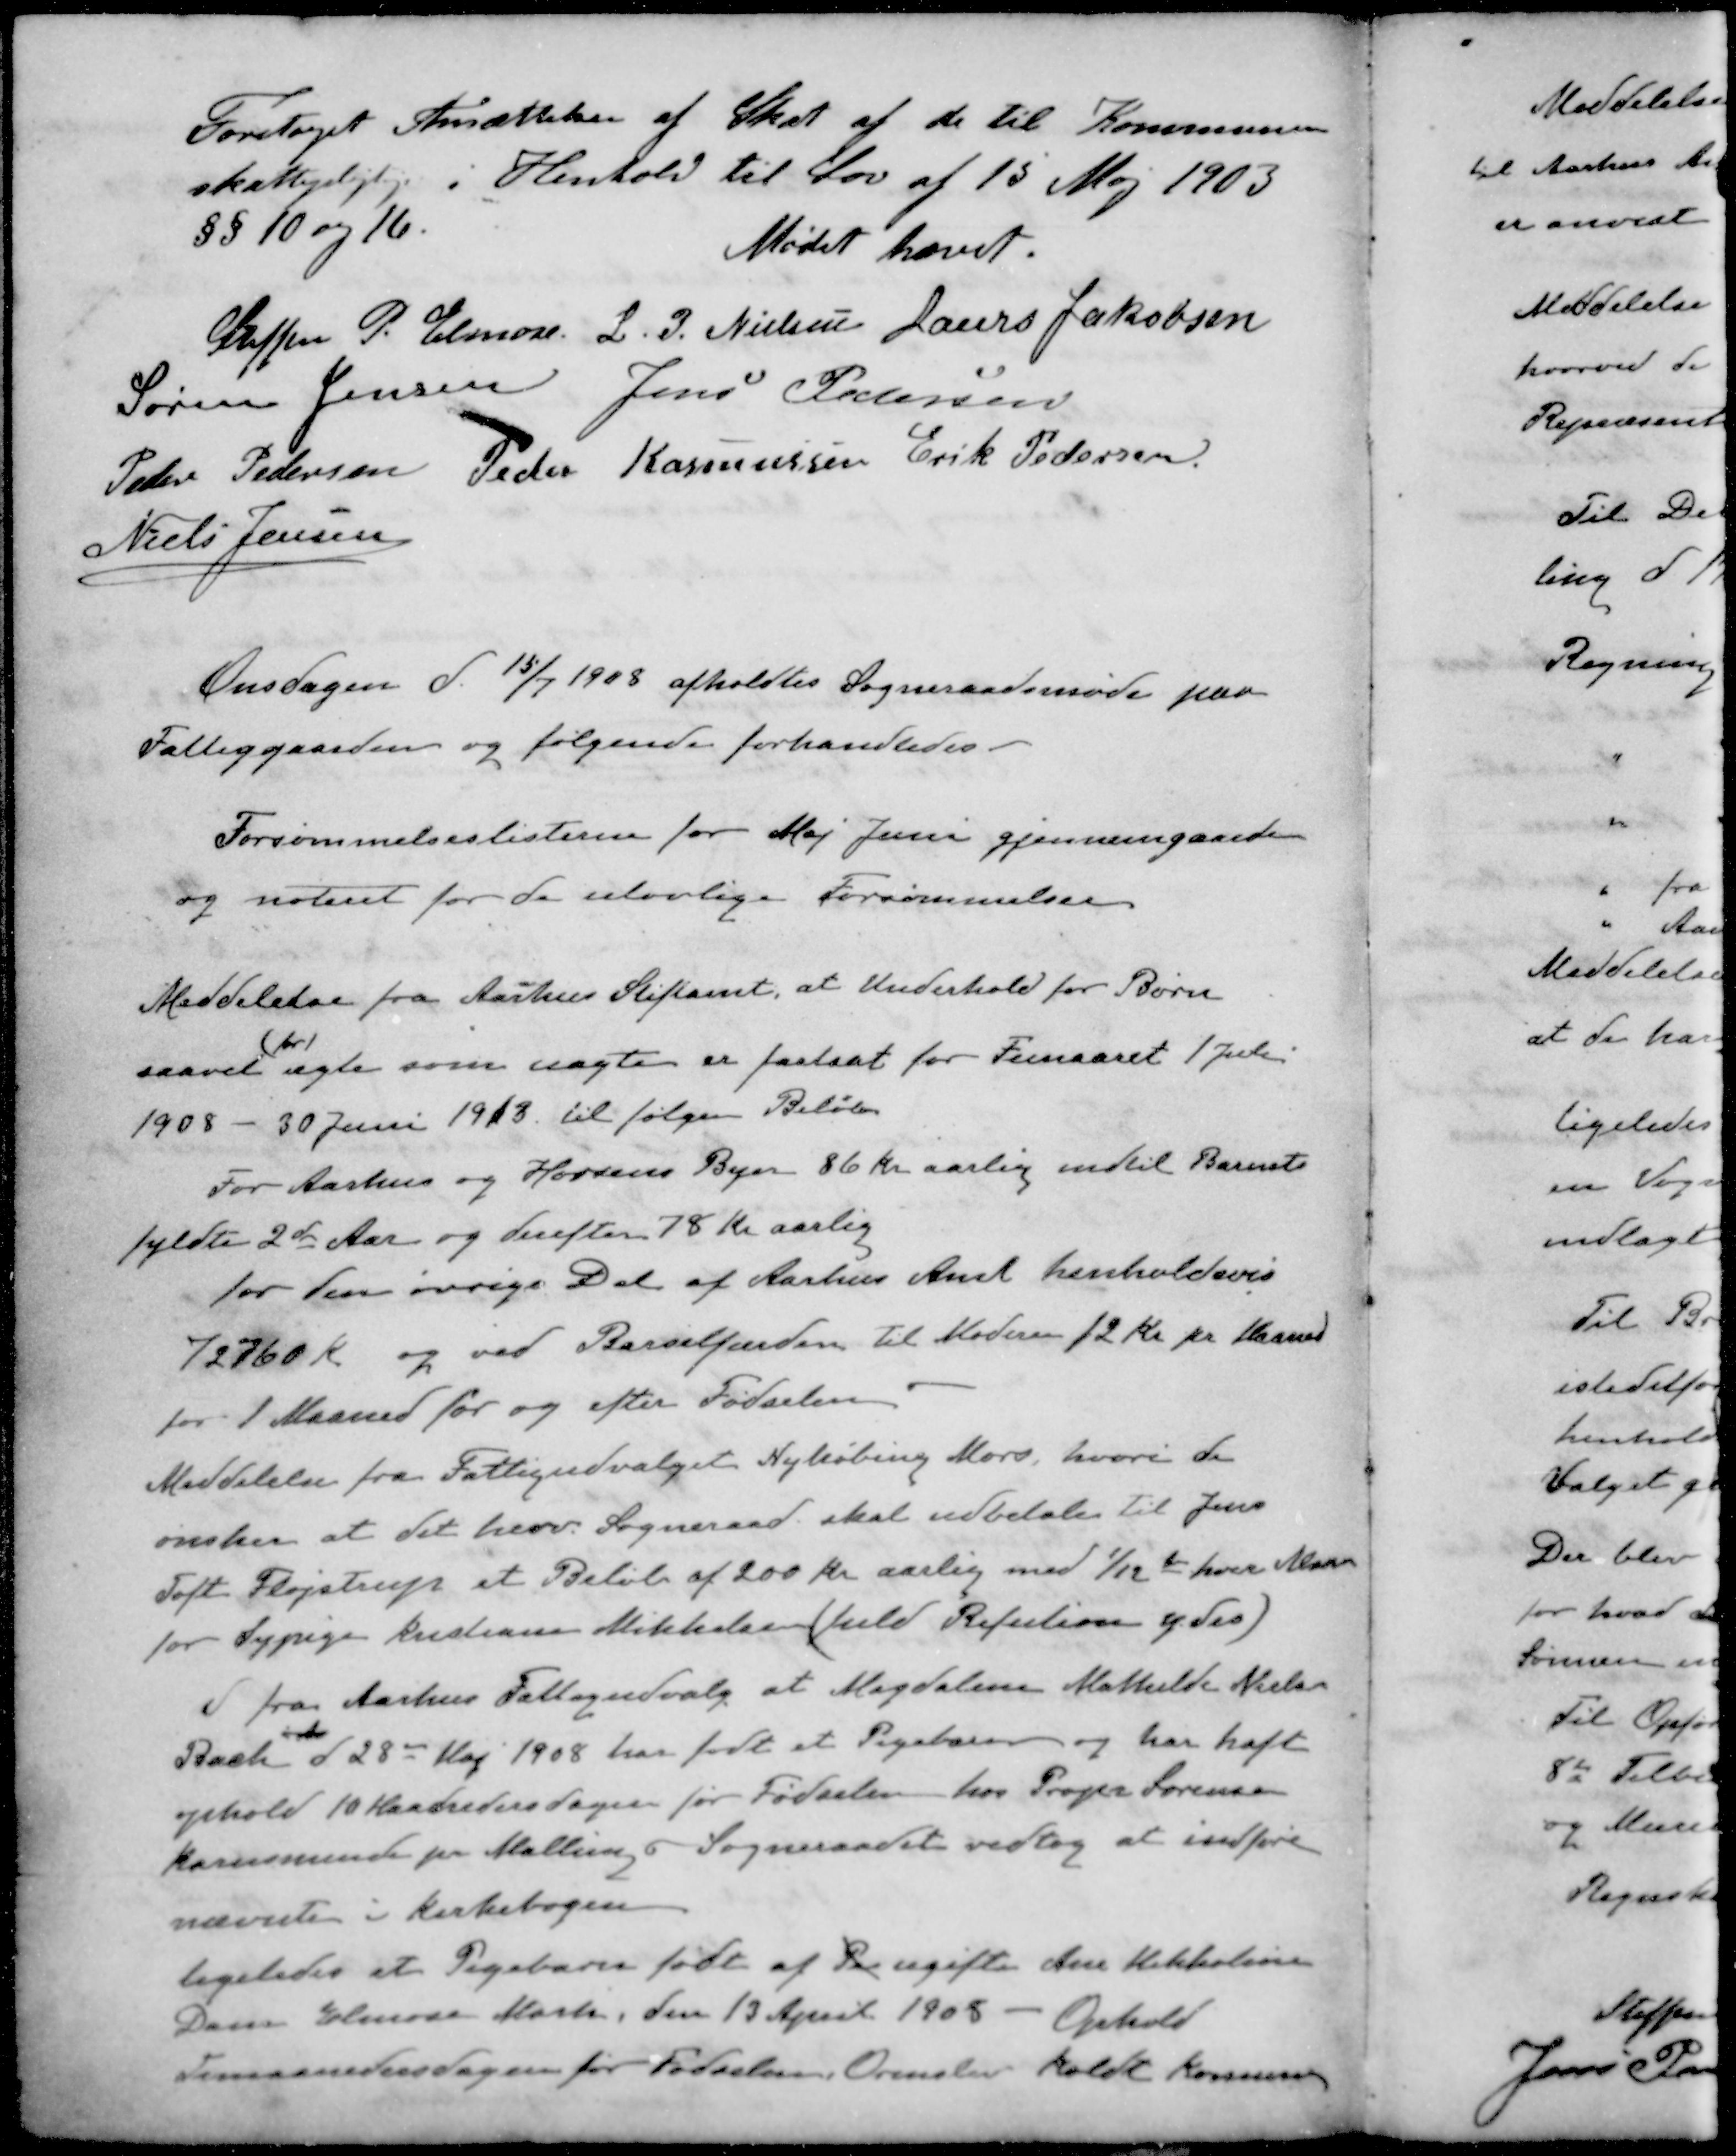
Transskription:
Foretaget Ansættelse af Skat af de til Kommunen
skattepligtige i Henhold til Lov af 15 Maj 1903
§§ 10 og 16.
Mødet hævet.
Steffen P. Elmose
L. J. Nielsen
Laurs Jakobsen
Søren Jensen
Jens Pedersen
Peter Pedersen
Peder Rasmussen
Erik Pedersen
Niels Jensen
Onsdagen d. 15/7 1908 afholdtes Sogneraadsmøde paa
Fattiggaarden og følgende forhandledes
Forsømmelseslisterne for Maj Juni gjennemgaaede
og noteret for de ulovlige Forsømmelser
Meddelelse fra Aarhus Stiftamt, at Underhold for Børn
(for)
saavel ægte som uægte er fastsat for Femaaret 1 Juli
1908 - 30 Juni 1913 til følgen Beløb
For Aarhus og Horsens Byer 86 Kr. aarlig indtil Barnets
fyldte 2de Aar og derefter 78 Kr aarlig
for den øvrige Del af Aarhus Amt henholdsvis
72760 Kr og ved Barselfærden til Moderen 12 Kr pr Maaned
for 1 Maaned før og efter Fødselen
Meddelelse fra Fattigudvalget Nykøbing Mors, hvori de
ønsker at det herv. Sogneraad skal udbetale til Jens
Toft Fløjstrup et Beløb af 200 Kr aarlig med 1/12 d hver Maaned
for Sypige Kristiane Mikkelsen (fuld Refution ydes)
d fra Aarhus Fattigudvalg at Magdalene Mathilde Nielsen
Bach d 28 Maj 1908 har født et Pigebarn og har haft
ophold 10 Maanedersdagen før Fødselen hos Propr Sørensen
Karensminde pr Mallings Sogneraadet vedtog at indføre
nævnte i Kirkebogen
ligeledes et Pigebarn født af Pa ugifte Ane Mikkelsen
Dam Elmose Mark, den 13 April 1908 - Ophold
Timaanedersdagen før Fødselen, Ormslev Koldt Kommune